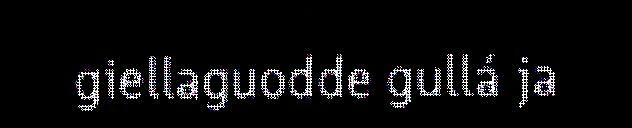
giellaguodde gullá ja